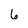
Character: 6